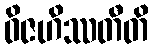
ဝိဇဟိဿတီတိ